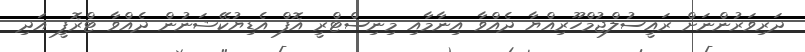
ދަރިވަރުންނަށް ރައީސުލްޖުމްހޫރިއްޔާ ދެއްވާ އިނާމާއި މިނިސްޓްރީ އޮފް އެޑިޔުކޭޝަނުން ދެއްވާ ޓްރޮފީ އަދި